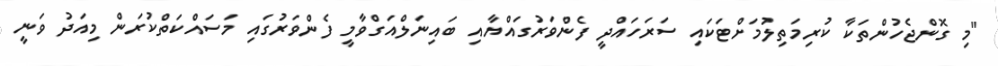
"މި ގޮންޖެހުންތަކާ ކުރިމަތިލުމަށްޓަކައި ސަރަހައްދީ ފެންވަރުގައްޔާއި ބައިނަލްއަގްވާމީ ފެންވަރުގައި މަސައްކަތްކުރަން މިއަދު ވަނީ